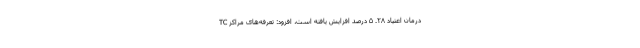
درمان اعتیاد ۲۸. ۵ درصد افزایش یافته است، افزود: تعرفه‌های مراکز TC